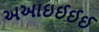
અઆઇઈઈઈ